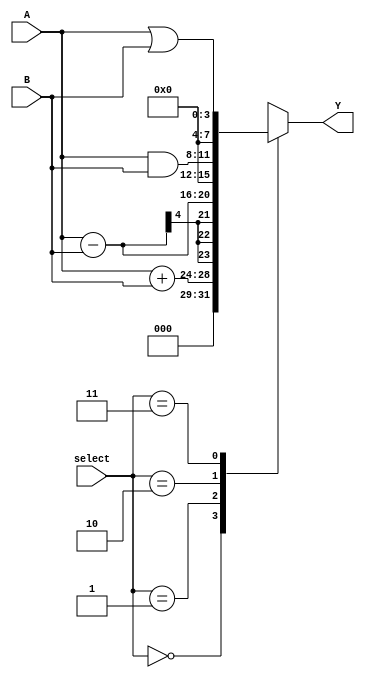
module combinational_logic(
    input wire [3:0] A,      // 4-bit input A
    input wire [3:0] B,      // 4-bit input B
    input wire [1:0] select,  // 2-bit select signal
    output reg [7:0] Y        // 8-bit output Y
);

always @(*) begin
    // Initialize output Y to 0
    Y = 8'b0;

    // Combinational logic based on select signal
    case (select)
        2'b00: Y = A + B;            // Add A and B
        2'b01: Y = A - B;            // Subtract B from A
        2'b10: Y = A & B;            // Bitwise AND
        2'b11: Y = A | B;            // Bitwise OR
        default: Y = 8'b0;           // Default case to avoid latch
    endcase
end

endmodule